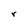
Character: r